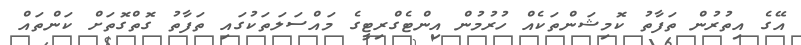
އޭގެ އިތުރުން ތަފާތު ކޮމިޝަންތަކެއް ހުރުމުން އިންޓެގްރިޓީގެ މައްސަލަތަކުގައި ތަފާތު ގޮތްގޮތަށް ކަންތައް